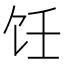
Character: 饪